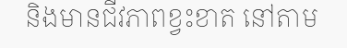
និងមានជីវភាពខ្វះខាត នៅតាម